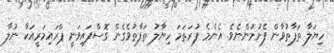
ހިޔަލާ ތަފާތުވާން ފެށުމުންނެވެ. އެންމެ ފުރަތަމަ ހިޔާލު ތަފާތުވެގެން ގޮސްފައިވަނީ ޕްރައިމަރީއަކާ ނުލާ